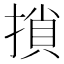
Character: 𢱡